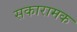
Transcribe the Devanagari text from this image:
सकारामक